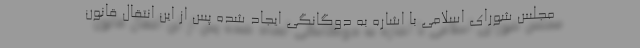
مجلس شورای اسلامی با اشاره به دوگانگی ایجاد شده پس از این انتقال قانون